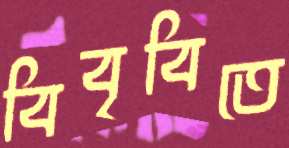
বিবৃবিতে